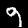
Digit: 9